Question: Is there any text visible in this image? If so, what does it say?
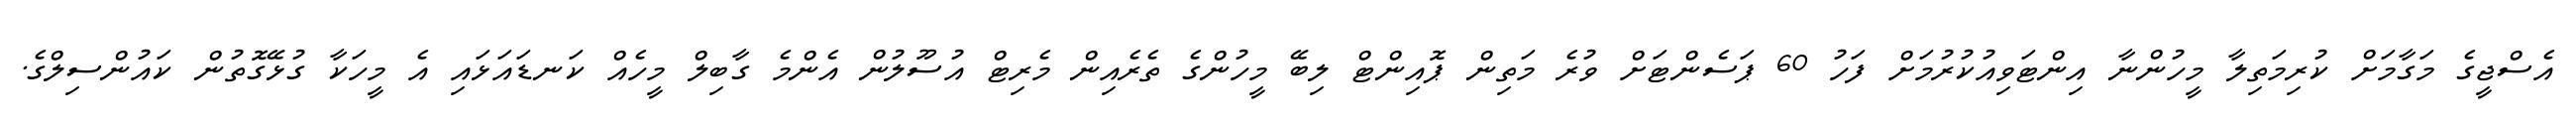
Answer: އެސްޖީގެ މަގާމަށް ކުރިމަތިލާ މީހުންނާ އިންޓަވިއުކުރުމަށް ފަހު 60 ޕަސެންޓަށް ވުރެ މަތިން ޕޮއިންޓް ލިބޭ މީހުންގެ ތެރެއިން މެރިޓް އުސޫލުން އެންމެ ގާބިލް މީހެއް ކަނޑައަޅައި އެ މީހަކާ ގުޅޭގޮތުން ކައުންސިލްގެ.